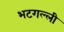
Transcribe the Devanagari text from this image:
भटगल्ली